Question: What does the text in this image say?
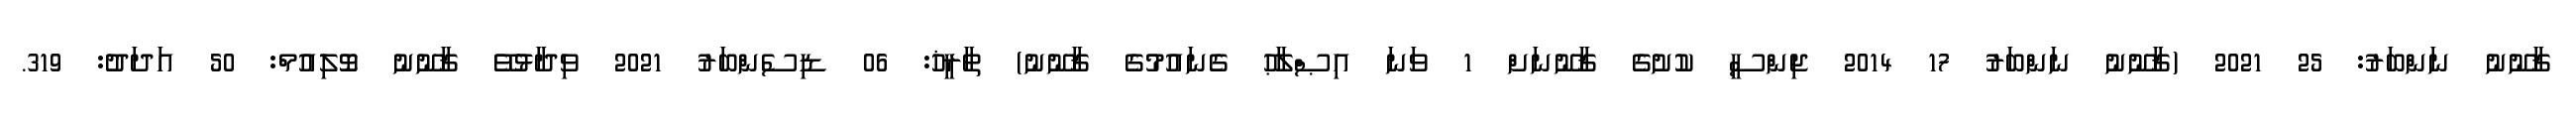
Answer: ޤާނޫނު ނަންބަރު: 25 2021 (ޤާނޫނު ނަންބަރު 17 2014 ޖިންސީ ކުށުގެ ޤާނޫނަށް 1 ވަނަ އިޞްލާޙު ގެނައުމުގެ ޤާނޫނު) ތާރީޚު: 06 ޑިސެންބަރު 2021 ވިދާޅުވޭ ޤާނޫނު ވޮލިއުމް: 50 އަދަދު: 319.